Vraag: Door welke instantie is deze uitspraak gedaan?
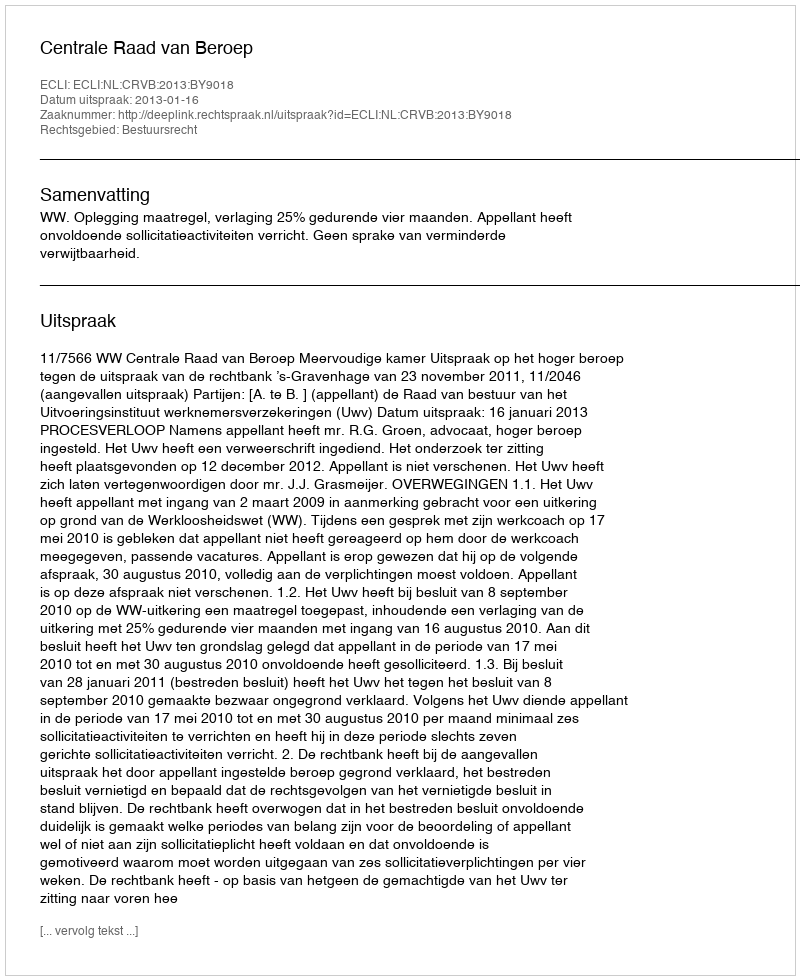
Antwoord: Centrale Raad van Beroep